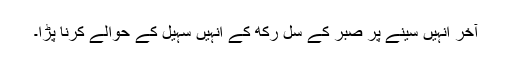
آخر انہیں سینے پر صبر کے سل رکھ کے انہیں سہیل کے حوالے کرنا پڑا۔